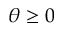
\theta \geq 0